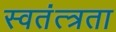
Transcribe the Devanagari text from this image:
स्वतंत्त्रता